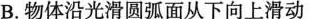
B.物体沿光滑圆弧面从下向上滑动